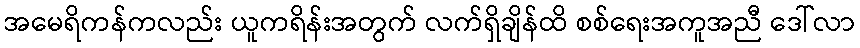
အမေရိကန်ကလည်း ယူကရိန်းအတွက် လက်ရှိချိန်ထိ စစ်ရေးအကူအညီ ဒေါ်လာ